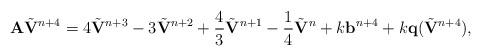
LaTeX: \begin{align*} \mathbf A\tilde{\mathbf V}^{n+4} = 4\tilde{\mathbf V}^{n+3} - 3\tilde{\mathbf V}^{n+2} + \frac{4}{3}\tilde{\mathbf V}^{n+1} - \frac{1}{4}\tilde{\mathbf V}^{n} + k\mathbf b^{n+4} + k\mathbf q(\tilde{\mathbf V}^{n+4}),\end{align*}